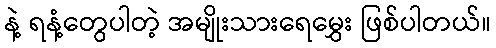
နဲ့ ရနံ့တွေပါတဲ့ အမျိုးသားရေမွှေး ဖြစ်ပါတယ်။